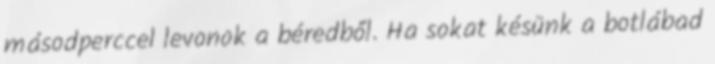
másodperccel levonok a béredből. Ha sokat késünk a botlábad